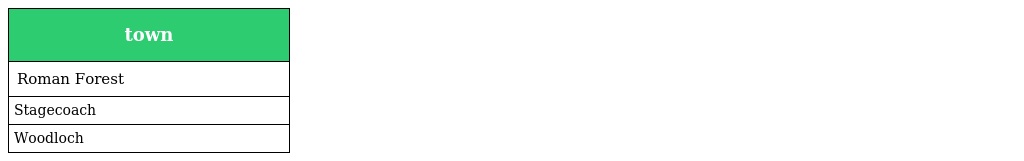
| town |
 | --- |
 | Roman Forest |
 | Stagecoach |
 | Woodloch |